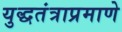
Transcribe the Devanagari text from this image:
युद्धतंत्राप्रमाणे